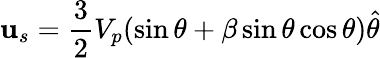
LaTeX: \mathbf{u}_{s}=\frac{3}{2}V_{p}(\sin\theta+\beta\sin\theta\cos\theta)\hat{\mathbf{\theta}}